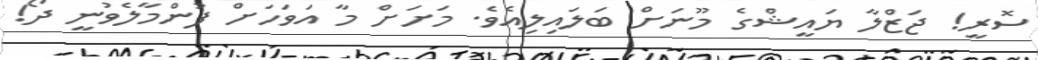
ސޮރީ! ޖަޒްލާ ޔައީޝްގެ މޫނަށް ބަލައިލިއެވެ. މަށަށް މާ އަވަހަށް ފުންމާލެވުނީ ދޯ!